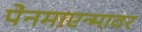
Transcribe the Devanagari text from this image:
पेनमाएन्मावर